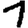
Digit: 1